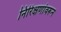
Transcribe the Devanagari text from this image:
निरिक्षणांवरून